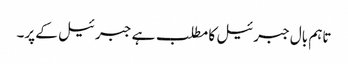
تاہم بال جبرئیل کا مطلب ہے جبرئیل کے پر۔